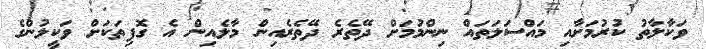
ވަކާލާތު ކުރުމަށާއި މައްސަލަތައް ނިންމުމަށް ދޭތެރެ ދޭތެރެއިން މާލެއިން އެ ގޮފިތަކަށް ވަކީލުންގެ